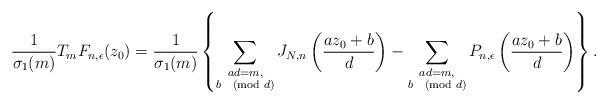
LaTeX: \begin{align*} \frac{1}{\sigma_1(m)} T_m F_{n,\epsilon}(z_0)= \frac{1}{\sigma_1(m)} \left\{ \sum_{\substack{ad=m, \\ b\pmod{d}}} J_{N,n}\left(\frac{az_0+b}{d}\right) - \sum_{\substack{ad=m, \\ b\pmod{d}}} P_{n,\epsilon}\left(\frac{az_0+b}{d}\right) \right\}.\end{align*}